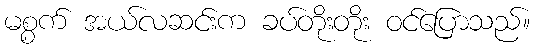
မစ္စက် အယ်လဆင်းက ခပ်တိုးတိုး ဝင်ပြောသည်။